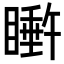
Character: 𬑩